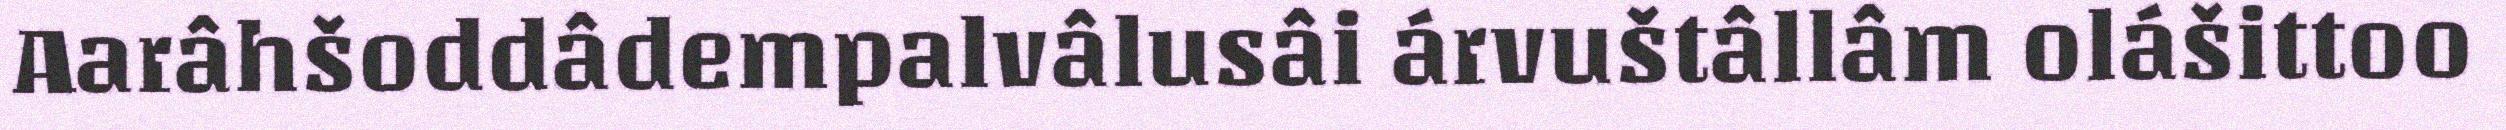
Aarâhšoddâdempalvâlusâi árvuštâllâm olášittoo